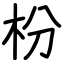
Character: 枌